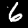
Label: 6